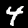
Label: 4